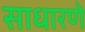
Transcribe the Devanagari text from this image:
साधारणे